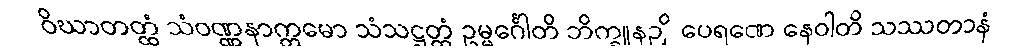
ဝိဃာတတ္ထံ သံဝဏ္ဏနာက္ကမော သံသဋ္ဌတ္တံ ဥမ္မင်္ဂေါတိ ဘိက္ခူနဉှိ ပေရဏေ နေဝါတိ သဿတာနံ